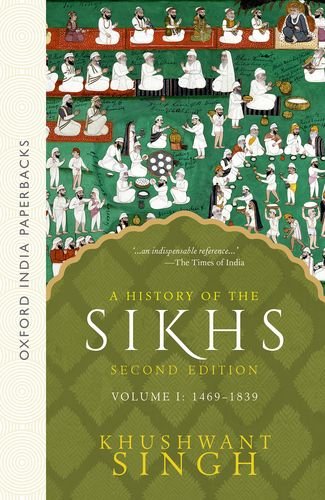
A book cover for A History of the Sikhs, Volume 1: 1469-1839 (Oxford India Collection); Khushwant Singh; History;